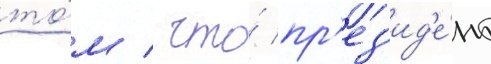
то́м / что́ пр'ез'ид'е́нт